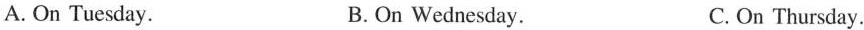
A. On Tuesday. B. On Wednesday. C. On Thursday.